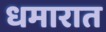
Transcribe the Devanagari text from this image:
धमारात